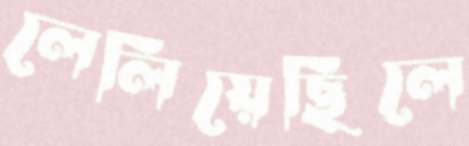
লেলিয়েছিলে